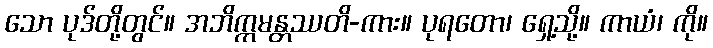
သော ပုဒ်တို့တွင်။ အဘိက္ကမန္တဿတိ-ကား။ ပုရတော၊ ရှေ့သို့။ ကာယံ၊ ကို။